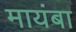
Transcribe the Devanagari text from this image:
मायंबा